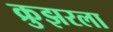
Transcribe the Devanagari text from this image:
क्रुझरला